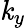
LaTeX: \mathit{k}_{y}